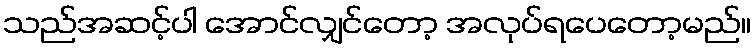
သည်အဆင့်ပါ အောင်လျှင်တော့ အလုပ်ရပေတော့မည်။